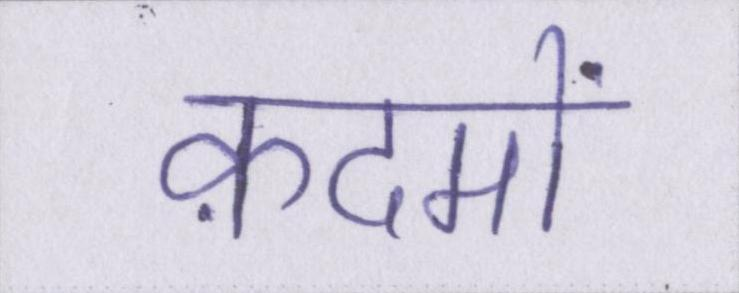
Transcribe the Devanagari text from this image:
क़दमों